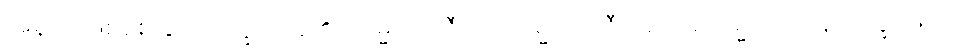
အမှုကို ဖြစ်စေခြင်းလက္ခဏာရှိ၏။ သမ္မာအာဇီဝေါ၊ သမ္မာအာဇီဝသည်။ သမ္မာဝေါဒါနလက္ခဏော၊